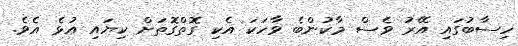
ހިސާބުގައި އޭރު ވެސް މާކުންބެ ވާހަކަ އެކި ގޮތްގޮތަށް ކިޔައި އުޅެ އެވެ.